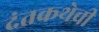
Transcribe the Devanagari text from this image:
दंतकथेची